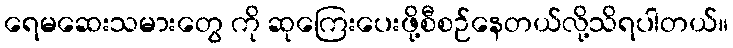
ရေမဆေးသမားတွေ ကို ဆုကြေးပေးဖို့စီစဉ်နေတယ်လို့သိရပါတယ်။